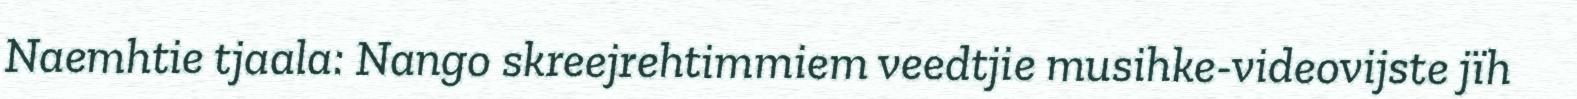
Naemhtie tjaala: Nango skreejrehtimmiem veedtjie musihke-videovijste jïh